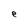
Character: e